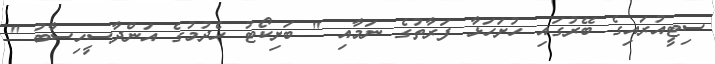
ސިޓީއުރައިގެ ބޭރުގައި ހުށަހަޅާ ފަރާތުގެ ނަމާއި " ބަށިކޯޓު ހެދުމުގެ އަންދާސީހިސާބު "